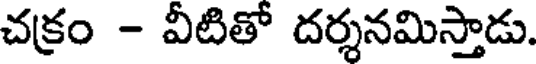
చక్రం - వీటితో దర్శనమిస్తాడు.